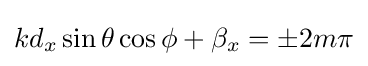
kd_{x}\sin \theta \cos \phi +\beta _{x}=\pm 2m\pi